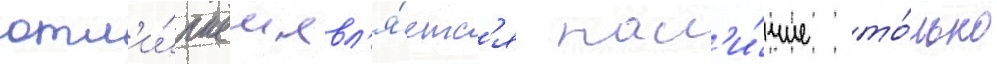
отл'и́чием явл'я́етс'я нал'и́чие то́лько